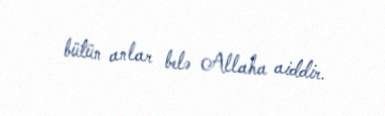
bütün anlar belə Allaha aiddir.